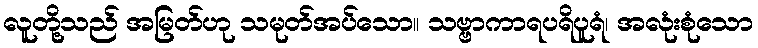
လူတို့သည် အမြတ်ဟု သမုတ်အပ်သော။ သဗ္ဗာကာရပရိပူရံ၊ အလုံးစုံသော